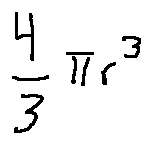
\frac { 4 } { 3 } \pi r ^ { 3 }